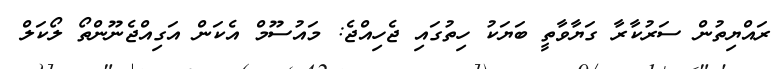
ރައްޔިތުން ސަރުކާރާ ގަޔާވާތީ ބަޔަކު ހިތުގައި ޖެހިއްޖެ: މައުސޫމް އެކަން އަގިއްޖެނޫންތޯ ލޯކަލް